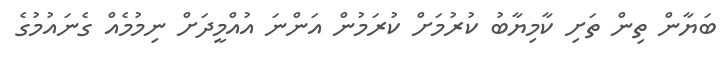
ބަޔާން ތިން ތަށި ކާމިޔާބު ކުރުމަށް ކުރަމުން އަންނަ އުއްމީދަށް ނިމުމެއް ގެނައުމުގެ